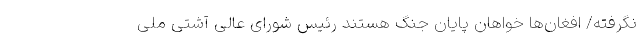
نگرفته/ افغان‌ها خواهان پایان جنگ هستند رئیس شورای عالی آشتی ملی